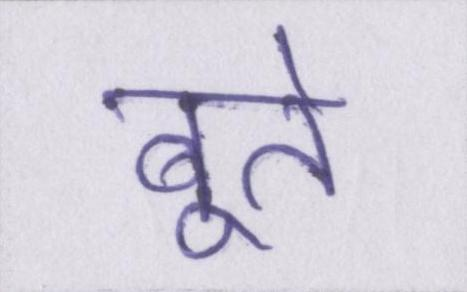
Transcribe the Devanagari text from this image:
बूते